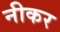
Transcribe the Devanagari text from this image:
नीकर